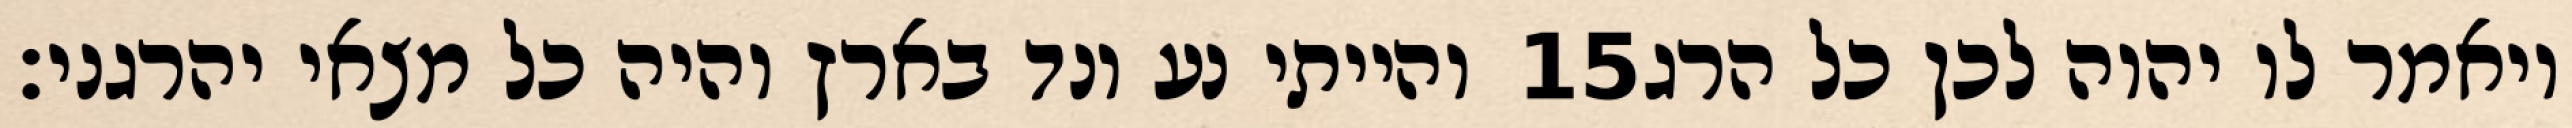
והייתי נע ונד בארץ והיה כל מצאי יהרגני׃ ‎15‏ ויאמר לו יהוה לכן כל הרג